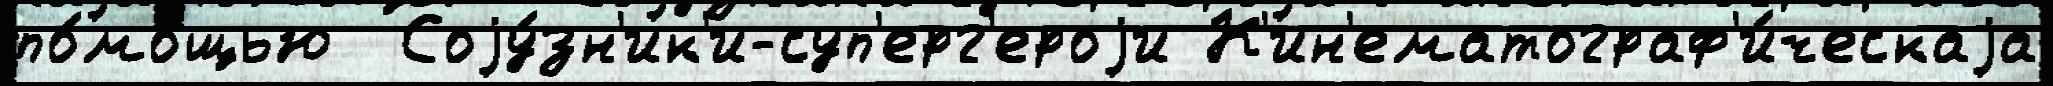
по́мощью  Соjу́зн'ик'и-суп'ерг'ероjи К'ин'ематограф'и́ческаjа